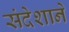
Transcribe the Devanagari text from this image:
संदेशाने